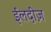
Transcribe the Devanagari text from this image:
ईलदीज़